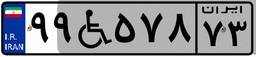
۹۷W۹۹۲۸۳